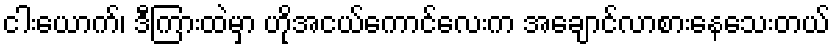
ငါးယောက်၊ ဒီကြားထဲမှာ ဟိုအငယ်ကောင်လေးက အချောင်လာစားနေသေးတယ်